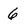
Character: 6